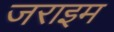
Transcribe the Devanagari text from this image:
जराइम